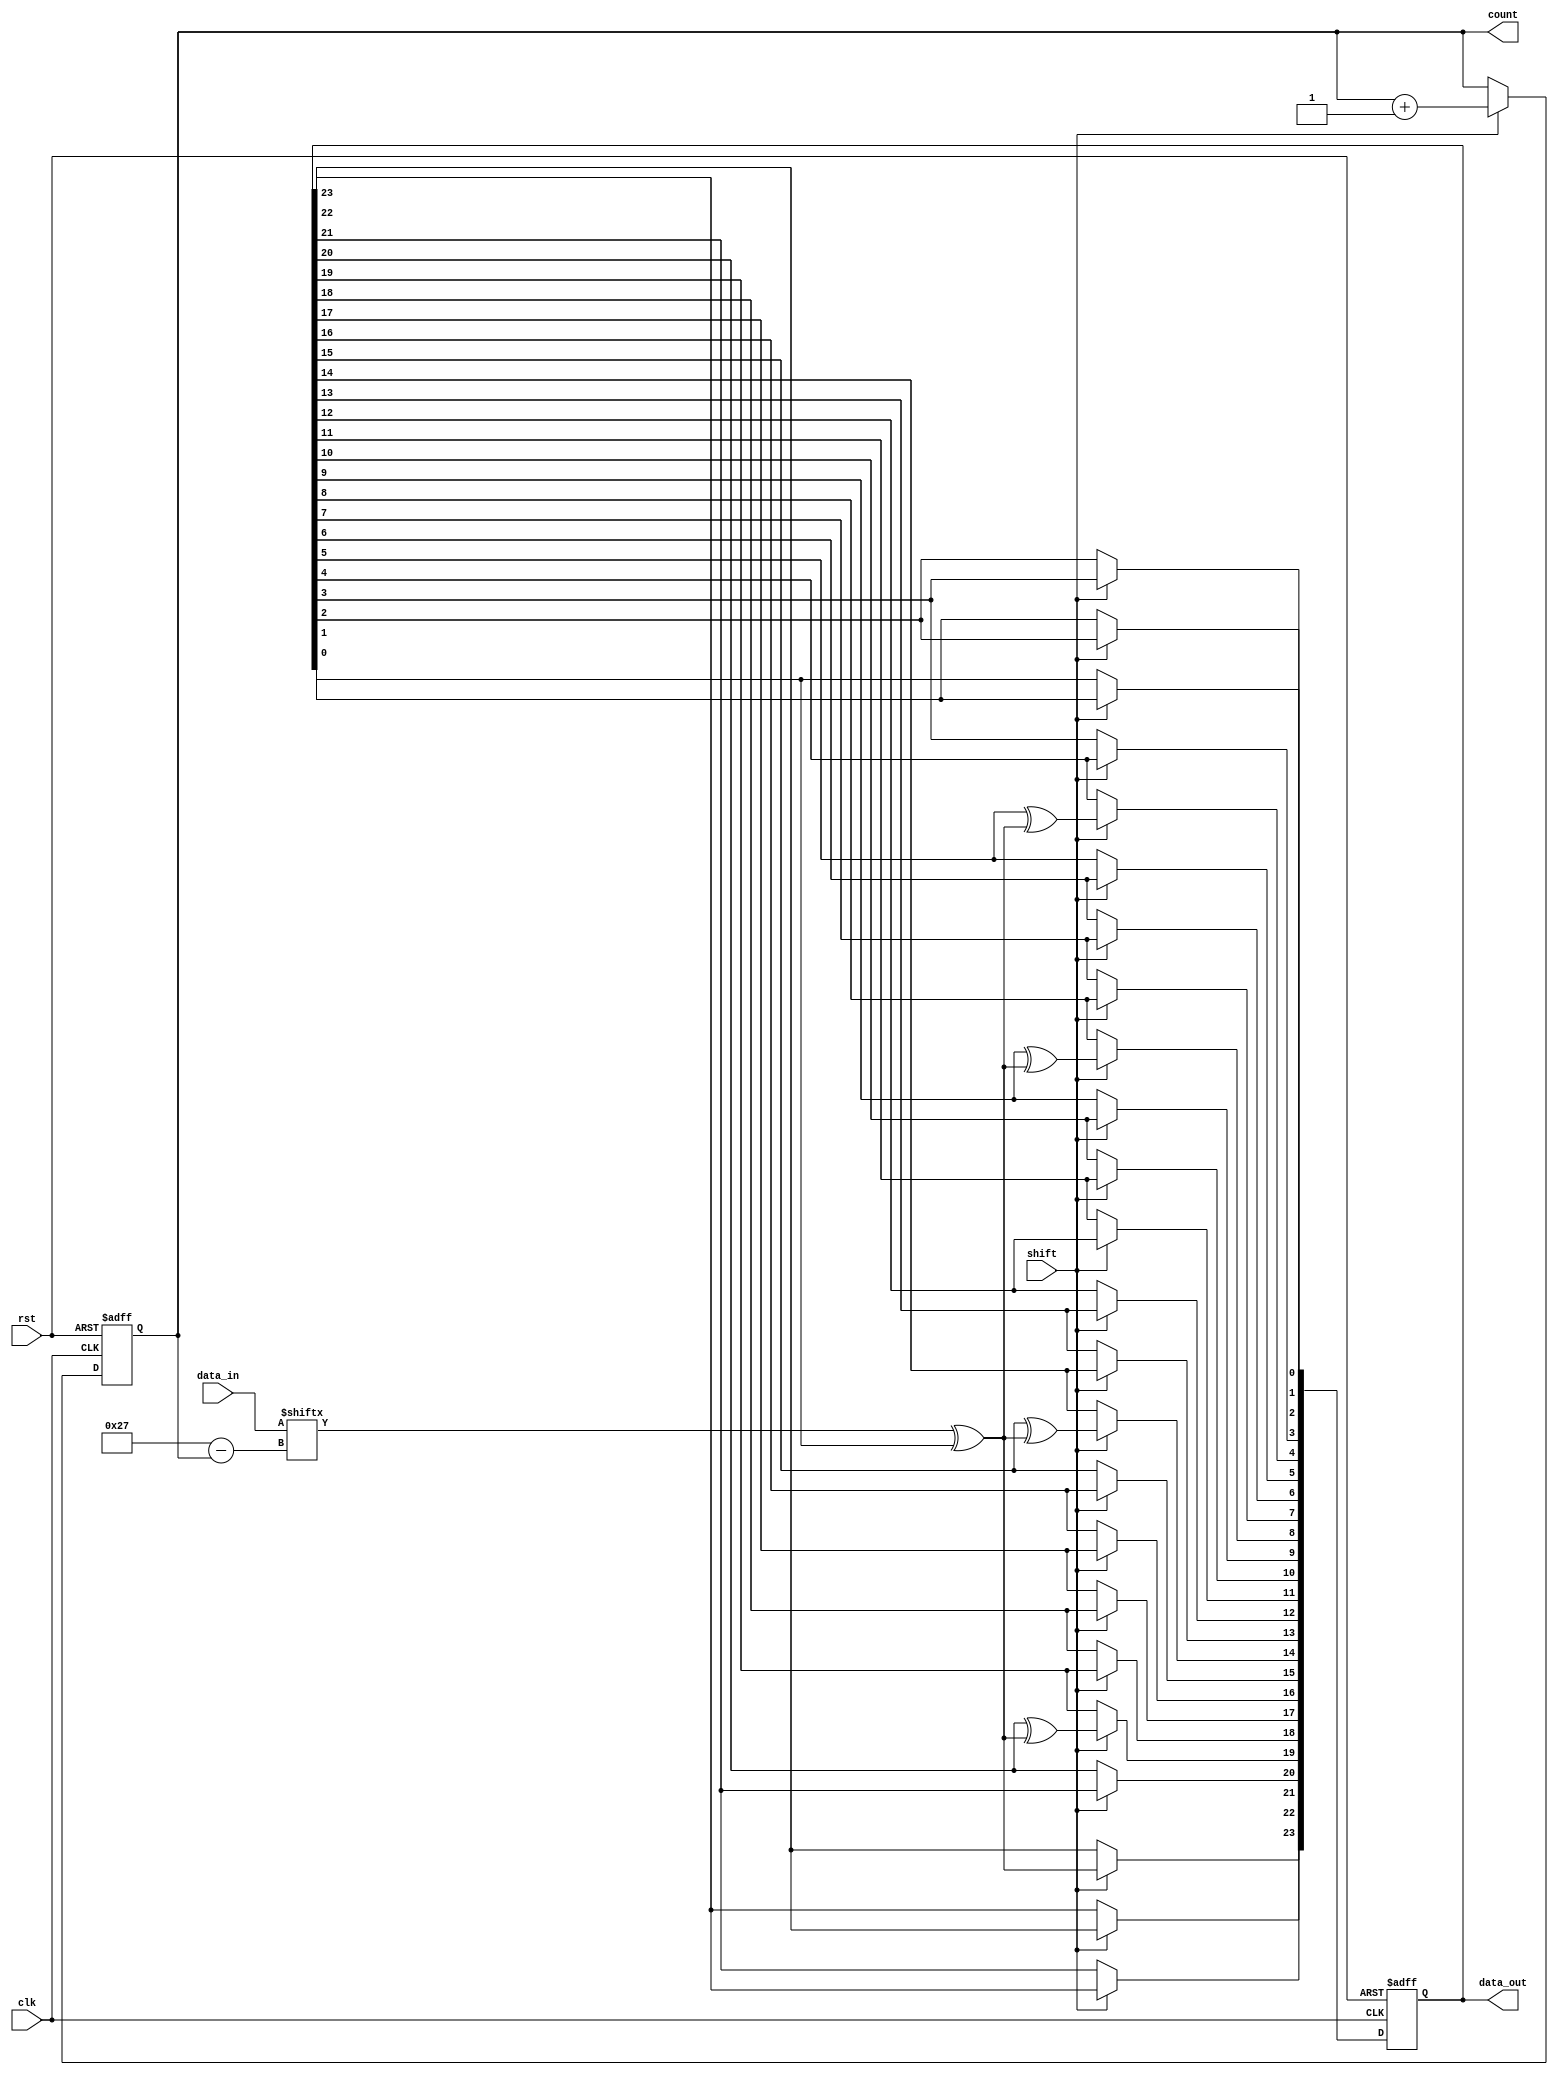
module reg_e #(
    parameter N = 64,
    parameter K = 40
)(
    input clk,
    input rst,
    input shift,
    input [K-1:0] data_in,
    output [5:0] count,
    output [23:0] data_out
);
    reg [23:0] local_reg;
    reg [5:0] local_count;

    assign data_out = local_reg;
    assign count = local_count;

    always @(posedge clk, posedge rst) begin
        if(rst) begin
            local_reg <= 0;
            local_count <= 0;
        end else if (shift) begin
            local_reg[0] <= local_reg[1];
            local_reg[1] <= local_reg[2];
            local_reg[2] <= local_reg[3];
            local_reg[3] <= local_reg[4];
            local_reg[4] <= local_reg[5] ^ (data_in[K-1-local_count] ^ local_reg[0]);
            local_reg[5] <= local_reg[6];
            local_reg[6] <= local_reg[7];
            local_reg[7] <= local_reg[8];
            local_reg[8] <= local_reg[9] ^ (data_in[K-1-local_count] ^ local_reg[0]);
            local_reg[9] <= local_reg[10];
            local_reg[10] <= local_reg[11];
            local_reg[11] <= local_reg[12];
            local_reg[12] <= local_reg[13];
            local_reg[13] <= local_reg[14];
            local_reg[14] <= local_reg[15] ^ (data_in[K-1-local_count] ^ local_reg[0]);
            local_reg[15] <= local_reg[16];
            local_reg[16] <= local_reg[17];
            local_reg[17] <= local_reg[18];
            local_reg[18] <= local_reg[19];
            local_reg[19] <= local_reg[20] ^ (data_in[K-1-local_count] ^ local_reg[0]);
            local_reg[20] <= local_reg[21];
            local_reg[21] <= local_reg[22];
            local_reg[22] <= local_reg[23];
            local_reg[23] <= data_in[K-1-local_count] ^ local_reg[0];
            local_count <= local_count + 1;
        end
        // if(shift) $display("[%4t] | data_in: %0b | local_count: %2d | data_out: %24b | count: %2d", $time, data_in[K-1-local_count], local_count, data_out, count);
    end

endmodule